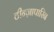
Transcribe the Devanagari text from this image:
टीन्ज़ापारिन